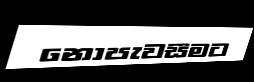
නොපැවසීමට